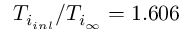
T _ { i _ { i n l } } / T _ { i _ { \infty } } = 1 . 6 0 6